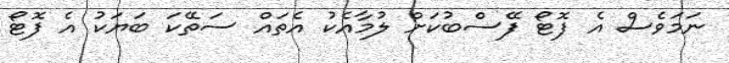
ނަމަވެސް އެ ފޮޓޯ ފޭސްބުކަށް ލުމާއެކު އެތައް ސަތޭކަ ބަޔަކު އެ ފޮޓޯ